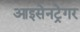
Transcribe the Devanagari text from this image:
आइसेनट्रेगर